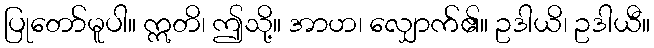
ပြုတော်မူပါ။ ဣတိ၊ ဤသို့။ အာဟ၊ လျှောက်၏။ ဥဒါယိ၊ ဥဒါယီ။